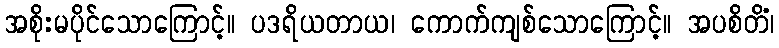
အစိုးမပိုင်သောကြောင့်။ ပဒရိယတာယ၊ ကောက်ကျစ်သောကြောင့်။ အပစိတိံ၊